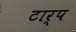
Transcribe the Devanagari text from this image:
टार्प